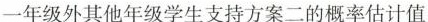
一年级外其他年级学生支持方案二的概率估计值